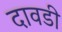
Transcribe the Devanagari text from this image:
दावडी